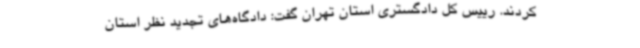
کردند. رییس کل دادگستری استان تهران گفت: دادگاه‌های تجدید نظر استان